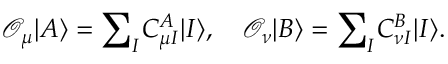
\mathcal { O } _ { \mu } | A \rangle = { \sum } _ { I } C _ { \mu I } ^ { A } | I \rangle , \quad \mathcal { O } _ { \nu } | B \rangle = { \sum } _ { I } C _ { \nu I } ^ { B } | I \rangle .